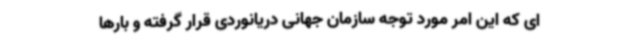
ای که این امر مورد توجه سازمان جهانی دریانوردی قرار گرفته و بارها